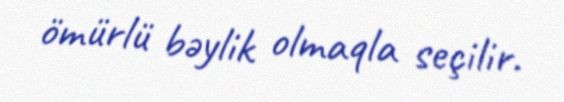
ömürlü bəylik olmaqla seçilir.